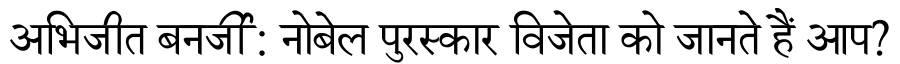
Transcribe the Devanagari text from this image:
अभिजीत बनर्जी: नोबेल पुरस्कार विजेता को जानते हैं आप?